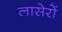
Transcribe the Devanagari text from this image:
लासेरों